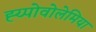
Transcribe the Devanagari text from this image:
ह्य्पोवोलेमिया